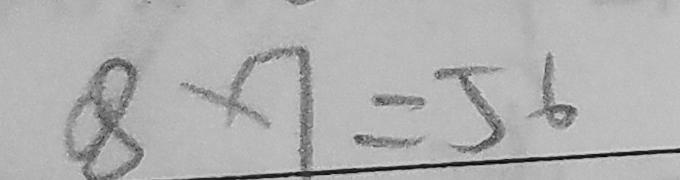
8 \times 7 = 5 6